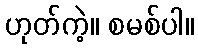
ဟုတ်ကဲ့။ စမစ်ပါ။